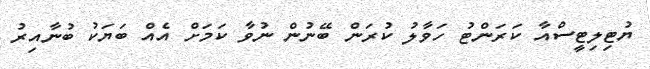
ޔުޓިލިޓީސްއާ ކަރަންޓު ހަވާލު ކުރަން ބޭނުން ނުވާ ކަމަށް އެއް ބަޔަކު ބުނާއިރު